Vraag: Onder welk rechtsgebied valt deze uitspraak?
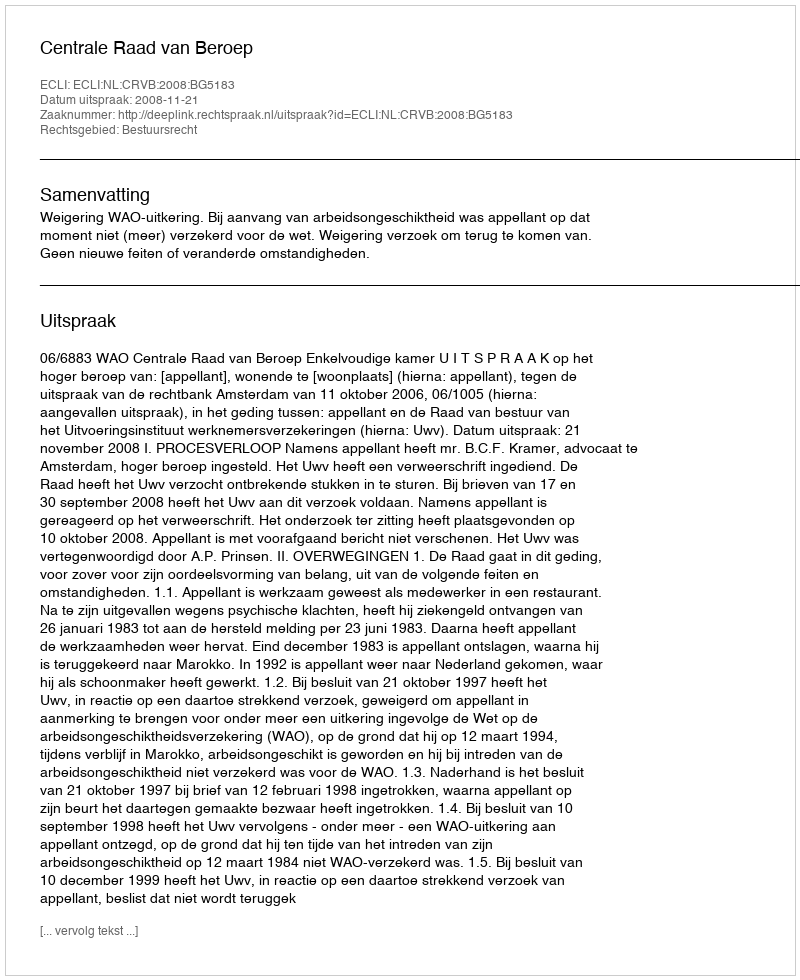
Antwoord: Bestuursrecht